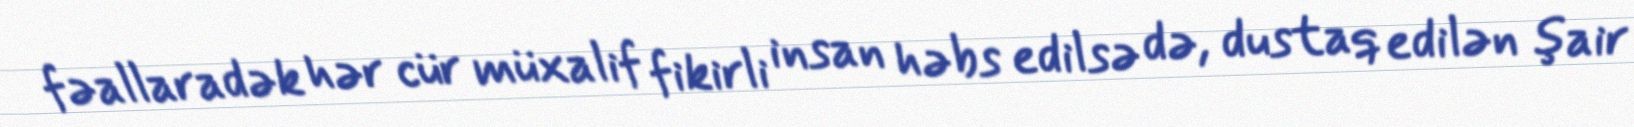
fəallaradək hər cür müxalif fikirli insan həbs edilsə də, dustaq edilən şair